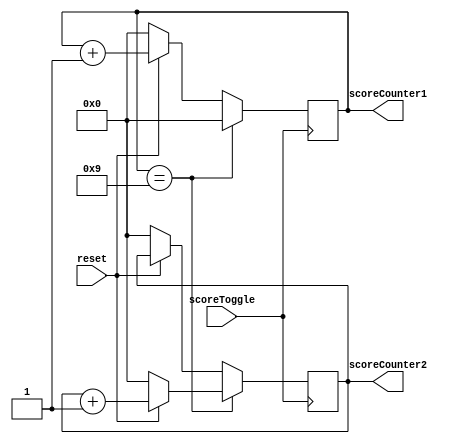
module scoreSet(
input scoreToggle,

input reset,

output [3:0]scoreCounter1,
output [3:0]scoreCounter2);

reg [3:0] scoreCounter1Temp = 4'b0;
reg [3:0] scoreCounter2Temp = 4'b0;

	always @ (posedge scoreToggle) begin 
		if(scoreCounter1Temp == 9) begin 
			scoreCounter1Temp = 4'b0;
			scoreCounter2Temp = (!reset) ? 4'b0 : scoreCounter2Temp + 4'b1;
		end
		else begin 
			scoreCounter1Temp = (!reset) ? 4'b0 : scoreCounter1Temp + 4'b1;
			scoreCounter2Temp = (!reset) ? 4'b0 : scoreCounter2Temp;	
		end
	end

	assign scoreCounter1 = scoreCounter1Temp;
	assign scoreCounter2 = scoreCounter2Temp;
	
endmodule